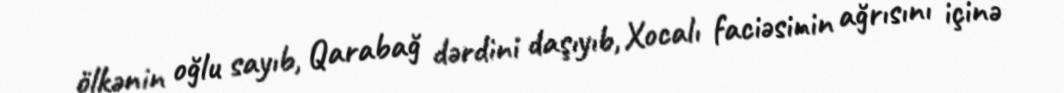
ölkənin oğlu sayıb, Qarabağ dərdini daşıyıb, Xocalı faciəsinin ağrısını içinə